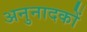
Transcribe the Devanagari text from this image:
अनुनादकों